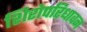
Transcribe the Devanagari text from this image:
शिरोपरिधावन